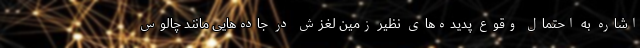
اشاره به احتمال وقوع پدیده‌های نظیر زمین لغزش در جاده‌هایی مانند چالوس